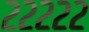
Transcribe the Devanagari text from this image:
२२२२२